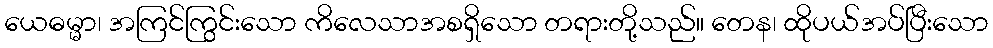
ယေဓမ္မာ၊ အကြင်ကြွင်းသော ကိလေသာအစရှိသော တရားတို့သည်။ တေန၊ ထိုပယ်အပ်ပြီးသော